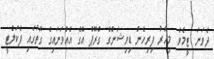
ދެވަނަ ޓީމެވެ. މިހާރު ފިރިހެން ޑިވިޝަންގެ ގްރޫޕް އޭގެ އެއްވަނައިގެ ގޮތުގައި ފެކަލްޓީ